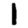
Digit: 1